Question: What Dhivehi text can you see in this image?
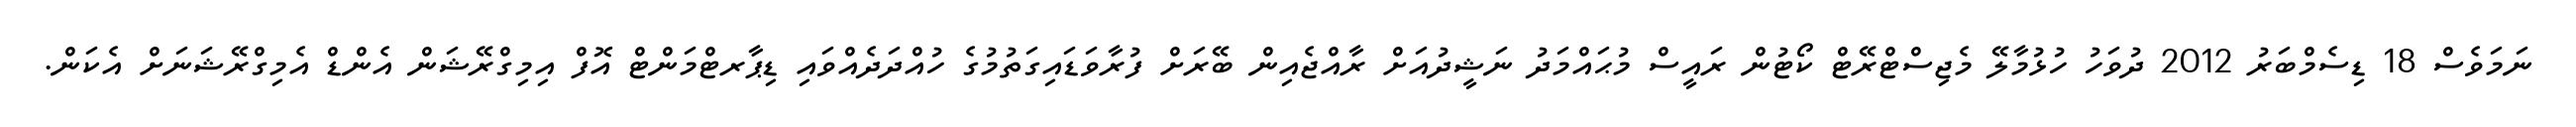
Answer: ނަމަވެސް 18 ޑިސެމްބަރު 2012 ދުވަހު ހުޅުމާލޭ މެޖިސްޓްރޭޓް ކޯޓުން ރައީސް މުޙައްމަދު ނަޝީދުއަށް ރާއްޖެއިން ބޭރަށް ފުރާވަޑައިގަތުމުގެ ހުއްދަދެއްވައި ޑިޕާރޓްމަންޓް އޮފް އިމިގްރޭޝަން އެންޑް އެމިގްރޭޝަނަށް އެކަން.